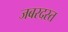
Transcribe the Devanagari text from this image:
जबरदस्त